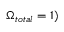
\Omega _ { t o t a l } = 1 )